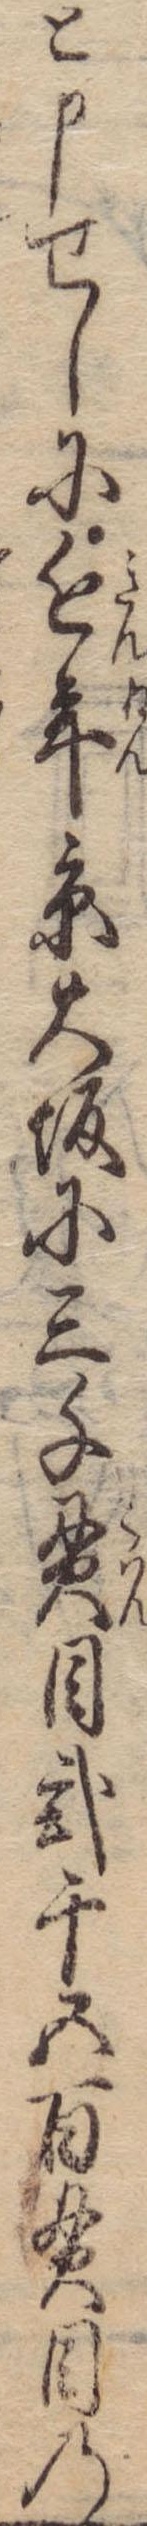
と申せしに近年京大坂に三千貫目弐千五百貫目の